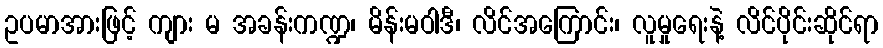
ဥပမာအားဖြင့် ကျား မ အခန်းကဏ္ဍ၊ မိန်းမဝါဒီ၊ လိင်အကြောင်း၊ လူမှုရေးနဲ့ လိင်ပိုင်းဆိုင်ရာ